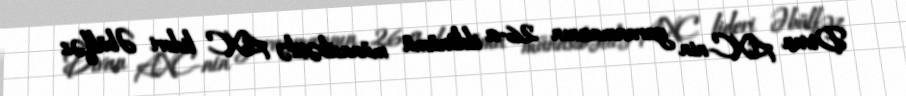
Divan AXC-nin yaranmasının 26-cı ildönümü münasibətilə AXC lideri Əbülfəz